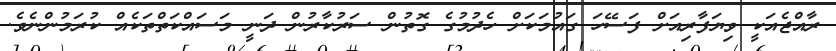
ރާއްޖެއަކީ ވިޔަފާރިއަށް ފަސޭހަ ގައުމަކަށް ހެދުމުގެ ގޮތުން ސަރުކާރުން ދަނީ މަސައްކަތްތަކެއް ކުރަމުންނެވެ.